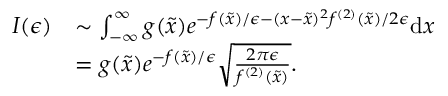
\begin{array} { r l } { I ( \epsilon ) } & { \sim \int _ { - \infty } ^ { \infty } g ( \tilde { x } ) e ^ { - f ( \tilde { x } ) / \epsilon - ( x - \tilde { x } ) ^ { 2 } f ^ { ( 2 ) } ( \tilde { x } ) / 2 \epsilon } \mathrm { d } x } \\ & { = g ( \tilde { x } ) e ^ { - f ( \tilde { x } ) / \epsilon } \sqrt { \frac { 2 \pi \epsilon } { f ^ { ( 2 ) } ( \tilde { x } ) } } . } \end{array}